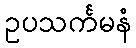
ဥပသင်္ကမနံ